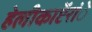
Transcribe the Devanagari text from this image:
हेलीकाॅप्टरांे